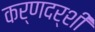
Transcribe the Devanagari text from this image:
कर्णदर्शी